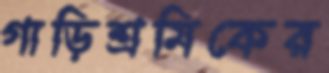
গাড়িশ্রমিকের